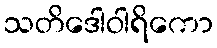
သတိဒေါဝါရိကော